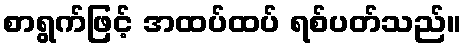
စာရွက်ဖြင့် အထပ်ထပ် ရစ်ပတ်သည်။